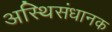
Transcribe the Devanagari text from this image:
अस्थिसंधानक